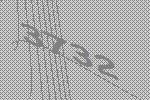
3732